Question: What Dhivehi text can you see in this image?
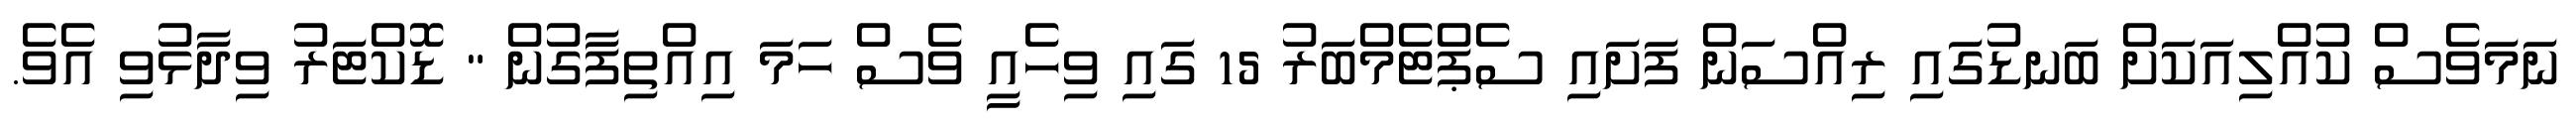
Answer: ނަމަވެސް ކުއްލިއަކަށް ބަނޑުގައި ރިއްސަން ފަށައި ސެޕްޓެމްބަރު 15 ގައި ވިހެއީ ވެސް ހަމަ އިއްތިފާގުން " ޑޮކްޓަރު ވިދާޅުވި އެވެ.